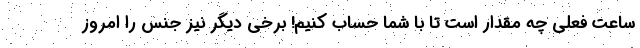
ساعت فعلی چه مقدار است تا با شما حساب کنیم! برخی دیگر نیز جنس را امروز